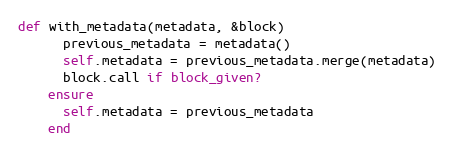
Language: Ruby
def with_metadata(metadata, &block)
      previous_metadata = metadata()
      self.metadata = previous_metadata.merge(metadata)
      block.call if block_given?
    ensure
      self.metadata = previous_metadata
    end